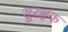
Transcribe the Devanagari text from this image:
सुरक्षक